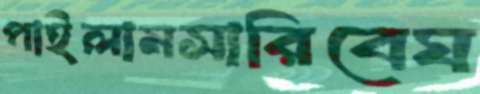
পাইলামসারিবেঘ